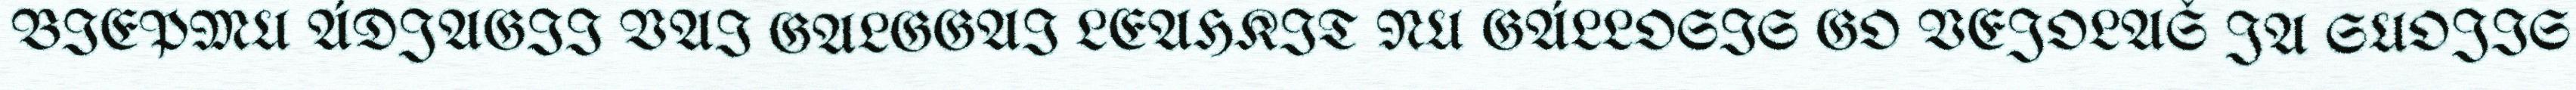
BIEPMU ÁDJAGII VAI GALGGAI LEAHKIT NU GÁLLOSIS GO VEJOLAŠ JA SUOJIS